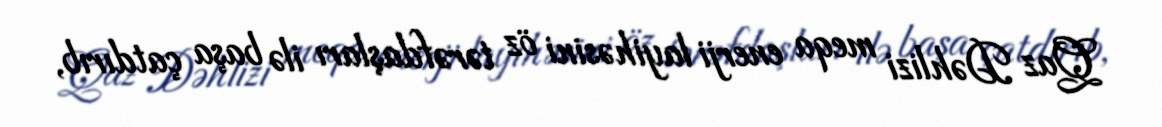
Qaz Dəhlizi meqa enerji layihəsini öz tərəfdaşları ilə başa çatdırıb,